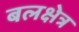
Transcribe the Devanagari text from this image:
बलक्षेत्र